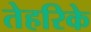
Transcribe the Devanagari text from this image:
तेहरिके